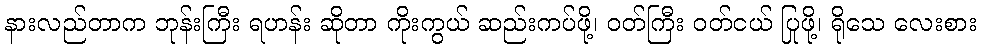
နားလည်တာက ဘုန်းကြီး ရဟန်း ဆိုတာ ကိုးကွယ် ဆည်းကပ်ဖို့၊ ဝတ်ကြီး ဝတ်ငယ် ပြုဖို့၊ ရိုသေ လေးစား